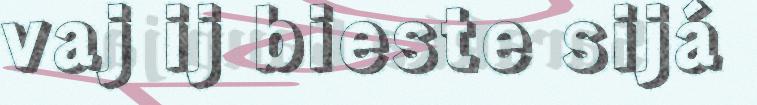
vaj ij bieste sijá